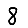
Digit: 8